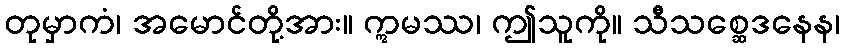
တုမှာကံ၊ အမောင်တို့အား။ ဣမဿ၊ ဤသူကို။ သီသစ္ဆေဒနေန၊